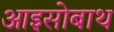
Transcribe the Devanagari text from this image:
आइसोबाथ